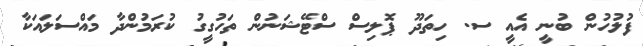
ފުލުހުން ބުނީ އެއީ ސ. ހިތަދޫ ޕޮލިސް ސްޓޭޝަނުން ތަހުގީގު ކުރަމުންދާ މައްސަލައަކާ